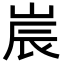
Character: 𡷰